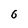
Character: 6